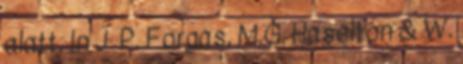
alatt. In J. P. Forgas, M.G. Haselton & W.